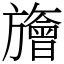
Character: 旝